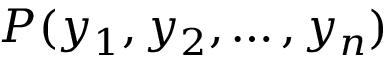
P ( y _ { 1 } , y _ { 2 } , \ldots , y _ { n } )